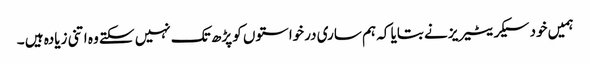
ہمیں خود سیکریٹیریز نے بتایا کہ ہم ساری درخواستوں کو پڑھ تک نہیں سکتے وہ اتنی زیادہ ہیں ۔